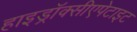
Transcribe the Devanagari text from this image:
हाइड्रॉक्सीएपेटाइट